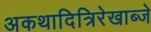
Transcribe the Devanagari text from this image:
अकथादित्रिरेखाब्जे